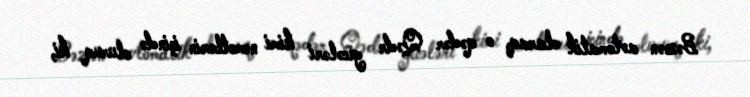
Bəzən avtomatik olaraq, o qədər Qədr gecələri kimi nemətlərin içində oluruq ki,